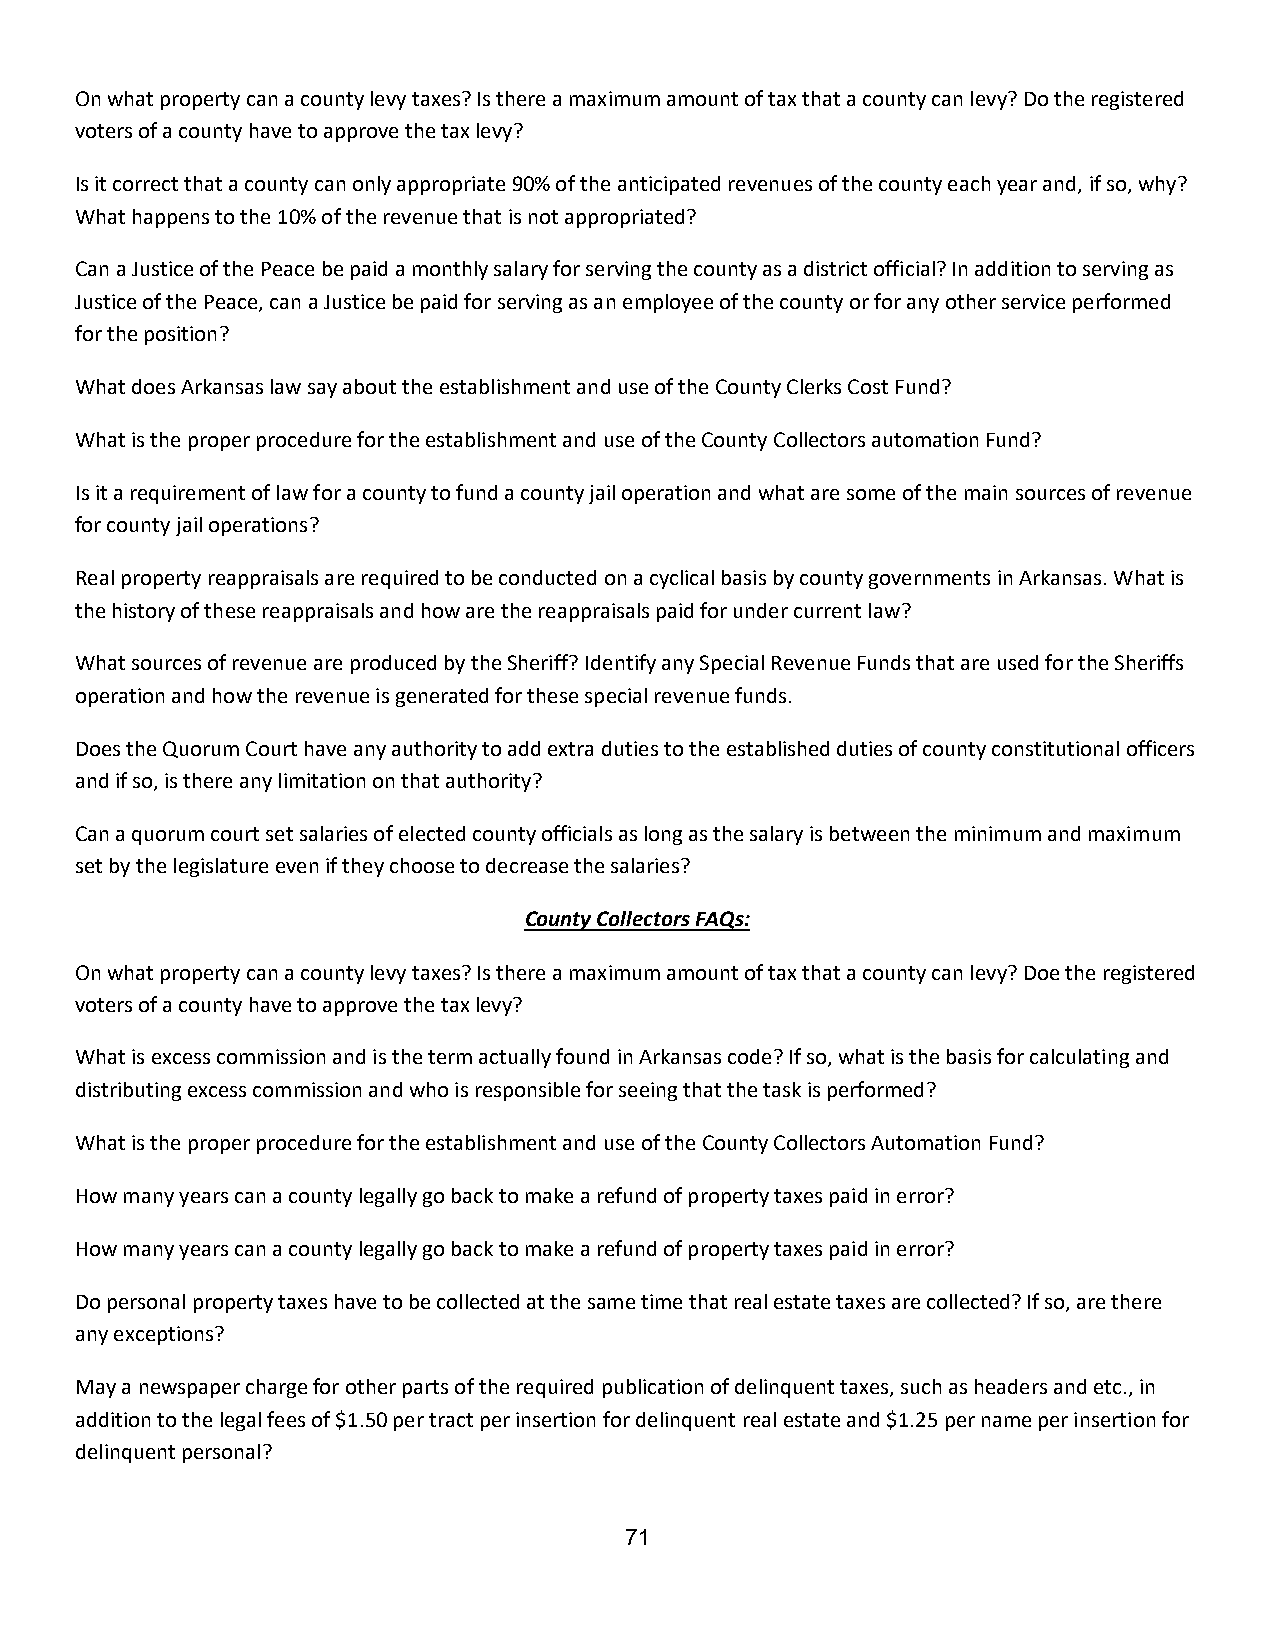
On what property can a county levy taxes? Is there a maximum amount of tax that a county can levy? Do the registered
 voters of a county have to approve the tax levy?
 Is it correct that a county can only appropriate 90% of the anticipated revenues of the county each year and, if so, why?
 What happens to the 10% of the revenue that is not appropriated?
 Can a Justice of the Peace be paid a monthly salary for serving the county as a district official? In addition to serving as
 Justice of the Peace, can a Justice be paid for serving as an employee of the county or for any other service performed
 for the position?
 What does Arkansas law say about the establishment and use of the County Clerks Cost Fund?
 What is the proper procedure for the establishment and use of the County Collectors automation Fund?
 Is it a requirement of law for a county to fund a county jail operation and what are some of the main sources of revenue
 for county jail operations?
 Real property reappraisals are required to be conducted on a cyclical basis by county governments in Arkansas. What is
 the history of these reappraisals and how are the reappraisals paid for under current law?
 What sources of revenue are produced by the Sheriff? Identify any Special Revenue Funds that are used for the Sheriffs
 operation and how the revenue is generated for these special revenue funds.
 Does the Quorum Court have any authority to add extra duties to the established duties of county constitutional officers
 and if so, is there any limitation on that authority?
 Can a quorum court set salaries of elected county officials as long as the salary is between the minimum and maximum
 set by the legislature even if they choose to decrease the salaries?
 County Collectors FAQs:
 On what property can a county levy taxes? Is there a maximum amount of tax that a county can levy? Doe the registered
 voters of a county have to approve the tax levy?
 What is excess commission and is the term actually found in Arkansas code? If so, what is the basis for calculating and
 distributing excess commission and who is responsible for seeing that the task is performed?
 What is the proper procedure for the establishment and use of the County Collectors Automation Fund?
 How many years can a county legally go back to make a refund of property taxes paid in error?
 How many years can a county legally go back to make a refund of property taxes paid in error?
 Do personal property taxes have to be collected at the same time that real estate taxes are collected? If so, are there
 any exceptions?
 May a newspaper charge for other parts of the required publication of delinquent taxes, such as headers and etc., in
 addition to the legal fees of $1.50 per tract per insertion for delinquent real estate and $1.25 per name per insertion for
 delinquent personal?
 71